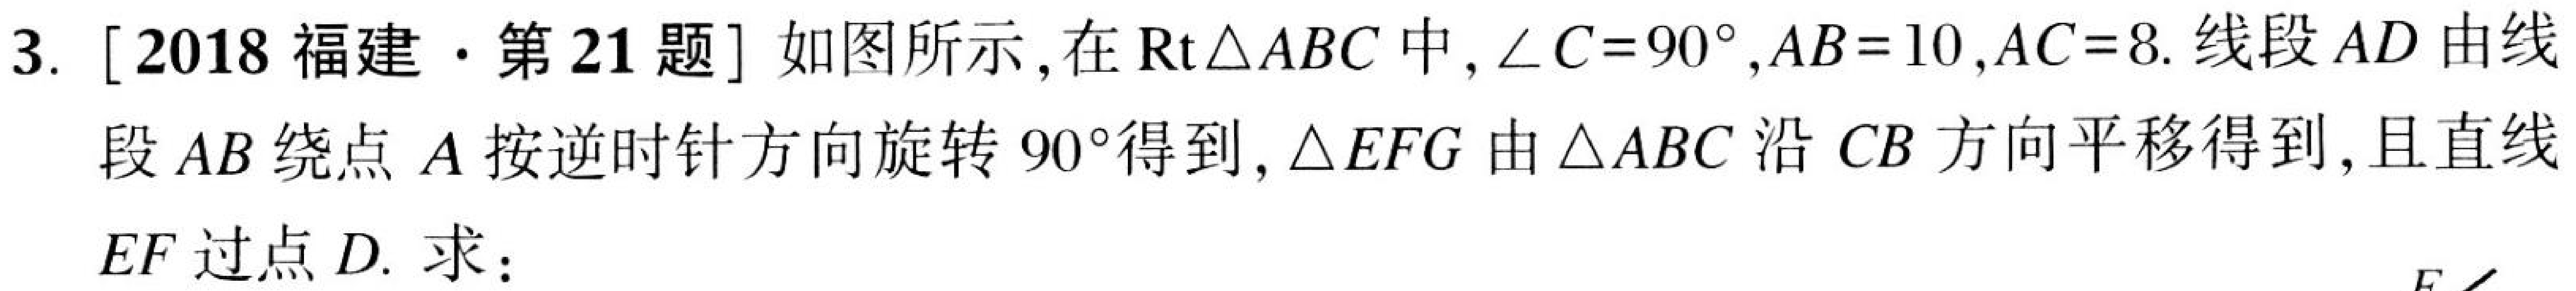
3. [2018福建·第21题]如图所示，在\(\mathrm{Rt}\triangle ABC\)中，\(\angle C = 90^{\circ}\)，\(AB = 10\)，\(AC = 8\). 线段\(AD\)由线
段\(AB\)绕点\(A\)按逆时针方向旋转\(90^{\circ}\)得到，\(\triangle EFG\)由\(\triangle ABC\)沿\(CB\)方向平移得到，且直线
\(EF\)过点\(D\). 求：